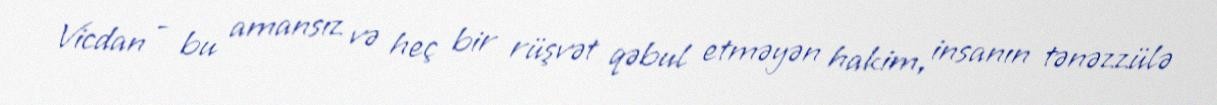
Vicdan - bu amansız və heç bir rüşvət qəbul etməyən hakim, insanın tənəzzülə